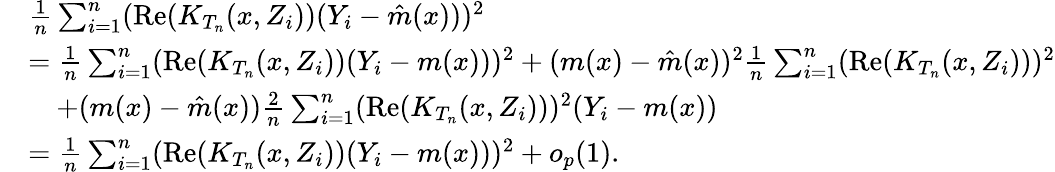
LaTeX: \begin{array}{rl}&{\frac{1}{n}\sum_{i=1}^{n}(\mathrm{Re}(K_{T_{n}}(x,Z_{i}))(Y_{i}-\hat{m}(x)))^{2}}\\ &{=\frac{1}{n}\sum_{i=1}^{n}(\mathrm{Re}(K_{T_{n}}(x,Z_{i}))(Y_{i}-m(x)))^{2}+(m(x)-\hat{m}(x))^{2}\frac{1}{n}\sum_{i=1}^{n}(\mathrm{Re}(K_{T_{n}}(x,Z_{i})))^{2}}\\ &{\quad+(m(x)-\hat{m}(x))\frac{2}{n}\sum_{i=1}^{n}(\mathrm{Re}(K_{T_{n}}(x,Z_{i})))^{2}(Y_{i}-m(x))}\\ &{=\frac{1}{n}\sum_{i=1}^{n}(\mathrm{Re}(K_{T_{n}}(x,Z_{i}))(Y_{i}-m(x)))^{2}+o_{p}(1).}\end{array}